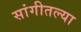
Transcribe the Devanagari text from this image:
सांगीतल्या